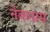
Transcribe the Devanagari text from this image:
नेकनाम